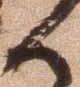
候